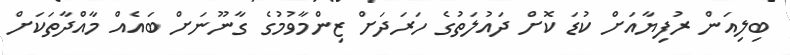
ބިލިއަން ރުފިޔާއަށް ކުޑަ ކޮށް ދައުލަތުގެ ހަރަދަށް ޒިންމާވުމުގެ ގާނޫނަށް ބައެއް މާއްދާތަކަށް